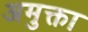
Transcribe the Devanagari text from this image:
अमुक्ता